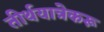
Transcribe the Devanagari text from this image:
तीर्थयात्रेकरू